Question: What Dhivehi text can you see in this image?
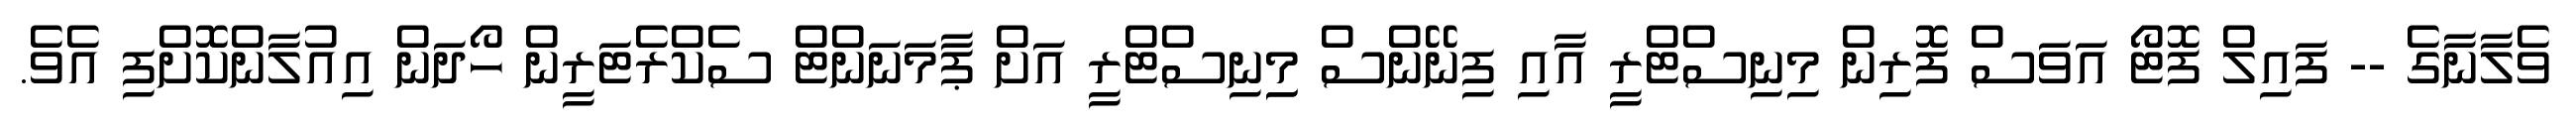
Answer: ވެލާނާގެ -- ފައިލް ފޮޓޯ އަވަސް ފޮރިން މިނިސްޓްރީ އާއި ފިނޭންސް މިިނިސްޓްރީ އަށް ޕާމަނަންޓް ސެކްރެޓަރީން ހޯދަން އިއުލާންކޮށްފި އެވެ.